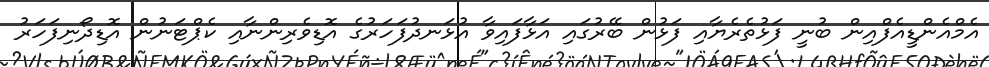
އެމްއެންޑީއެފްއިން ބުނީ ފަޅުތެރެޔާއި ފަޅުން ބޭރުގައި އަޅާފައިވާ އުޅަނދުފަހަރުގެ އޮޑިވެރިންނާއި ކެޕްޓަނުން އޮޑިދޯނިފަހަރު